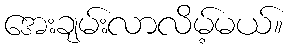
အေးချမ်းလာလိမ့်မယ်။